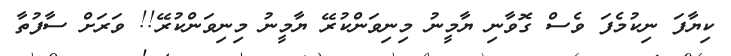
ކިޔާފަ ނިކުމެފަ ވެސް ގޮވާނި ޔާމީނު މިނިވަންކުރޭ ޔާމީނު މިނިވަންކުރޭ!! ވަރަށް ސާފުތާ